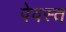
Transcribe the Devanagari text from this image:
पेवस्त